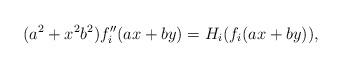
LaTeX: \begin{align*}(a^2+x^2b^2)f_i''(ax+by) = H_i(f_i(ax+by)), \end{align*}